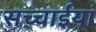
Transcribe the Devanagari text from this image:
सच्चाईयां